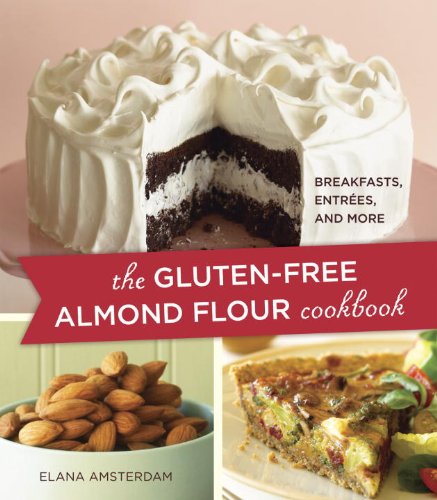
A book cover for The Gluten-Free Almond Flour Cookbook; Elana Amsterdam; Cookbooks, Food & Wine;